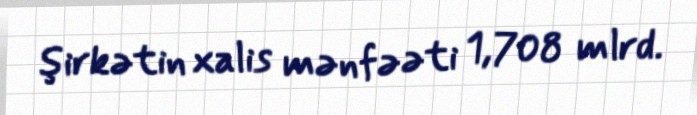
şirkətin xalis mənfəəti 1,708 mlrd.